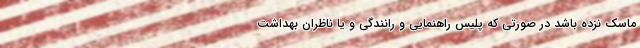
ماسک نزده باشد در صورتی که پلیس راهنمایی و رانندگی و یا ناظران بهداشت